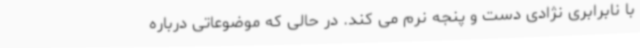
با نابرابری نژادی دست و پنجه نرم می کند. در حالی که موضوعاتی درباره